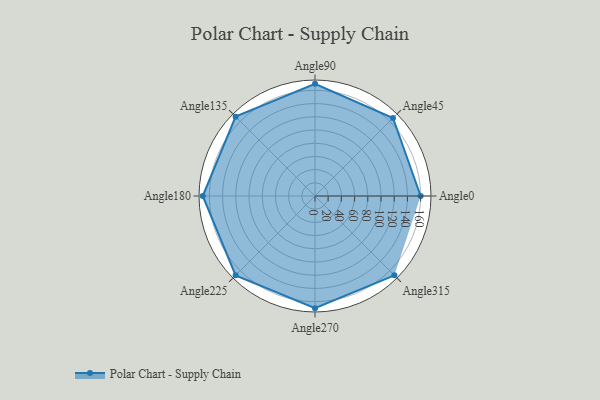
{"axis": {"x": "Angle", "y": "Radius"}, "legend": [""], "data": [{"x": "Angle0", "y": 160.0, "type": ""}, {"x": "Angle45", "y": 167.0, "type": ""}, {"x": "Angle90", "y": 170, "type": ""}, {"x": "Angle135", "y": 170, "type": ""}, {"x": "Angle180", "y": 170, "type": ""}, {"x": "Angle225", "y": 170, "type": ""}, {"x": "Angle270", "y": 170, "type": ""}, {"x": "Angle315", "y": 170, "type": ""}]}